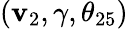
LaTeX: (\mathbf{v}_{2},\gamma,\theta_{25})